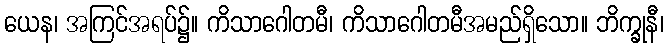
ယေန၊ အကြင်အရပ်၌။ ကိသာဂေါတမီ၊ ကိသာဂေါတမီအမည်ရှိသော။ ဘိက္ခုနီ၊